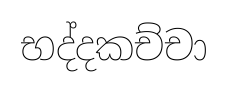
භද්දකච්චා